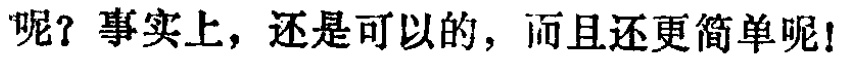
呢？事实上，还是可以的，而且还更简单呢！